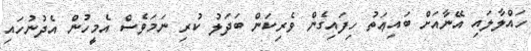
ހައްލާލައި އޭނާއަށް ބައިޢަތު ހިފައިގެން ވެރިކަން ބަދަލު ކުރި ނަމަވެސް އެމީހުން އެދުނުހައި